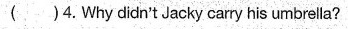
( )4. Why didn't Jacky carry his umbrella?